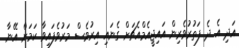
އަދި އެ ދެ ފަތުރުވެރިން އައިޖީއެމްއެޗަށް ގެނައި އިރުވެސް މަރުވެފައިވާ ކަމަށް އޭނާ